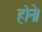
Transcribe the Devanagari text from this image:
होने।